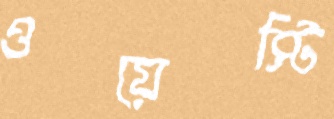
ওয়েস্টি